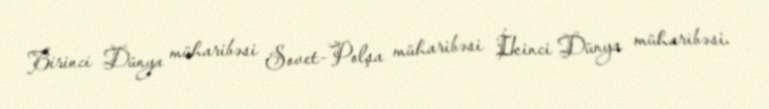
Birinci Dünya müharibəsi Sovet-Polşa müharibəsi İkinci Dünya müharibəsi.